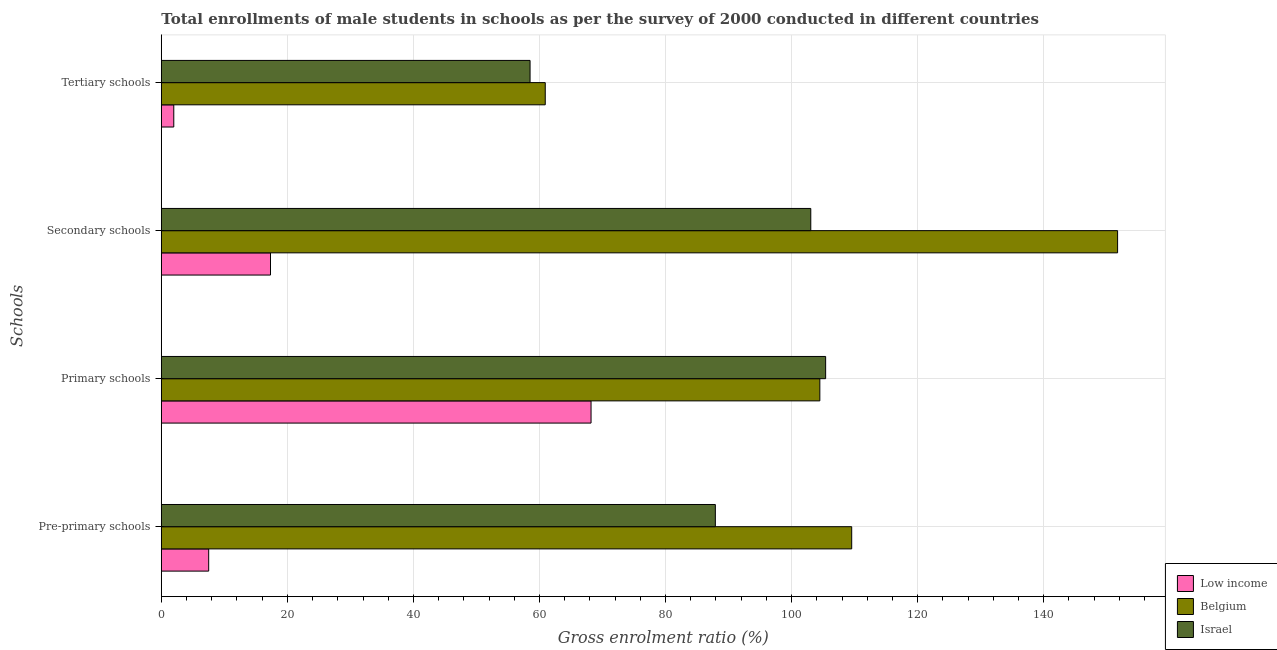
| Schools | Low income | Belgium | Israel |
 | --- | --- | --- | --- |
 | Pre-primary schools | 7.51 | 110 | 87.9 |
 | Primary schools | 68.2 | 104 | 105 |
 | Secondary schools | 17.3 | 152 | 103 |
 | Tertiary schools | 1.98 | 60.9 | 58.5 |